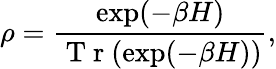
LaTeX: \rho=\frac{\exp(-\beta H)}{\mathrm{~T~r~}(\exp(-\beta H))},